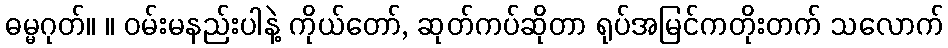
ဓမ္မဂုတ်။ ။ ဝမ်းမနည်းပါနဲ့ ကိုယ်တော်, ဆုတ်ကပ်ဆိုတာ ရုပ်အမြင်ကတိုးတက် သလောက်